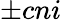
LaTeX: \pm cni